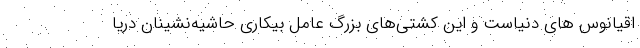
اقیانوس های دنیاست و این کشتی‌های بزرگ عامل بیکاری حاشیه‌نشینان دریا